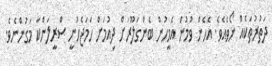
ދަތުރުތަކެއް ނޯވެއެވެ. އެހެން ވުމުން އެމީހުން ބެންގަލޫރަށް ދިއުމަަށް ހަމަޖެހުނީ ސްރީލަންކާ މަގުންނެވެ.